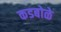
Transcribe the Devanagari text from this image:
कडबोळे